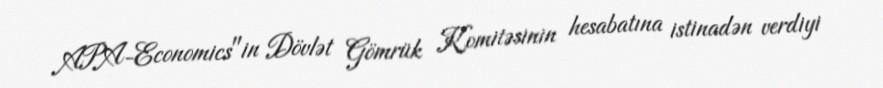
APA-Economics"in Dövlət Gömrük Komitəsinin hesabatına istinadən verdiyi